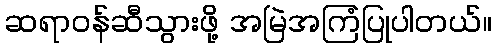
ဆရာဝန်ဆီသွားဖို့ အမြဲအကြံပြုပါတယ်။